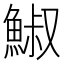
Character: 䱙